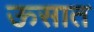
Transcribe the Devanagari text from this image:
ऊसात